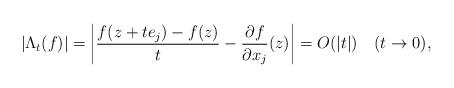
LaTeX: \begin{align*}|\Lambda_t(f)|=\left|\frac{f(z+te_j)-f(z)}{t}-\frac{\partial{f}}{\partial{x_j}}(z)\right|=O(|t|)\ \ \ (t\rightarrow 0),\end{align*}